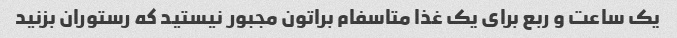
یک‌ ساعت و ربع برای یک‌ غذا متاسفام براتون مجبور نیستید که رستوران بزنید